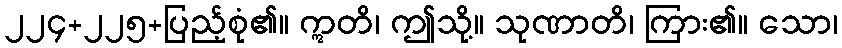
၂၂၄+၂၂၅+ပြည့်စုံ၏။ ဣတိ၊ ဤသို့။ သုဏာတိ၊ ကြား၏။ သော၊